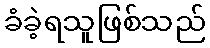
ခံခဲ့ရသူဖြစ်သည်